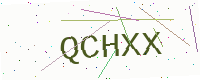
Text: QCHXX